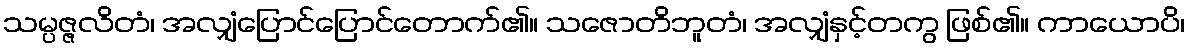
သမ္ပဇ္ဇလိတံ၊ အလျှံပြောင်ပြောင်တောက်၏။ သဇောတိဘူတံ၊ အလျှံနှင့်တကွ ဖြစ်၏။ ကာယောပိ၊